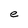
Character: e